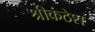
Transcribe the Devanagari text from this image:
श्रीकंठेश